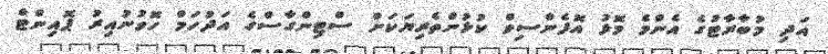
އަދި މުބާރާޓުގެ އެންމެ މޮޅު އޮފެންސިވް ކުޅުންތެރިޔަކަށް ސްޓިންގާސްގެ އަދުހަމް ހޮވުނުއިރު ޕޮއިންޓް